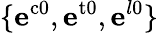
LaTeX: \{ \mathbf{e}^{\mathrm{{c0}}},\mathbf{e}^{\mathrm{{t0}}},\mathbf{e}^{l0}\}